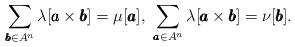
LaTeX: \begin{align*}\sum_{\pmb{b}\in A^n}\lambda[\pmb{a} \times \pmb{b}]=\mu[\pmb{a}],\ \sum_{\pmb{a}\in A^n}\lambda[\pmb{a} \times \pmb{b}]=\nu[\pmb{b}]. \end{align*}